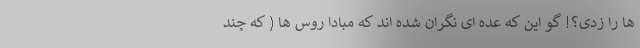
ها را زدی؟! گو این که عده ای نگران شده اند که مبادا روس ها ( که چند